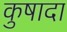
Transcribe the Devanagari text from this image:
कुषादा